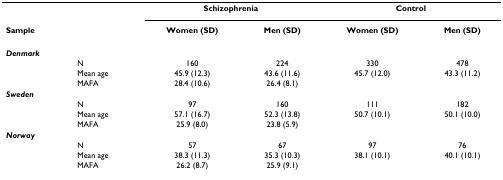
<table><thead><tr><td></td><td></td><td colspan="2"><b>Schizophrenia</b></td><td colspan="2"><b>Control</b></td></tr><tr><td><b>Sample</b></td><td></td><td><b>Women (SD)</b></td><td><b>Men (SD)</b></td><td><b>Women (SD)</b></td><td><b>Men (SD)</b></td></tr></thead><tbody><tr><td><b><i>Denmark</i></b></td><td></td><td></td><td></td><td></td><td></td></tr><tr><td></td><td>N</td><td>160</td><td>224</td><td>330</td><td>478</td></tr><tr><td></td><td>Mean age</td><td>45.9 (12.3)</td><td>43.6 (11.6)</td><td>45.7 (12.0)</td><td>43.3 (11.2)</td></tr><tr><td></td><td>MAFA</td><td>28.4 (10.6)</td><td>26.4 (8.1)</td><td></td><td></td></tr><tr><td><b><i>Sweden</i></b></td><td></td><td></td><td></td><td></td><td></td></tr><tr><td></td><td>N</td><td>97</td><td>160</td><td>111</td><td>182</td></tr><tr><td></td><td>Mean age</td><td>57.1 (16.7)</td><td>52.3 (13.8)</td><td>50.7 (10.1)</td><td>50.1 (10.0)</td></tr><tr><td></td><td>MAFA</td><td>25.9 (8.0)</td><td>23.8 (5.9)</td><td></td><td></td></tr><tr><td><b><i>Norway</i></b></td><td></td><td></td><td></td><td></td><td></td></tr><tr><td></td><td>N</td><td>57</td><td>67</td><td>97</td><td>76</td></tr><tr><td></td><td>Mean age</td><td>38.3 (11.3)</td><td>35.3 (10.3)</td><td>38.1 (10.1)</td><td>40.1 (10.1)</td></tr><tr><td></td><td>MAFA</td><td>26.2 (8.7)</td><td>25.9 (9.1)</td><td></td><td></td></tr></tbody></table>